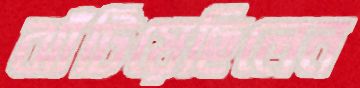
ঝাঁটিয়েছিলেন